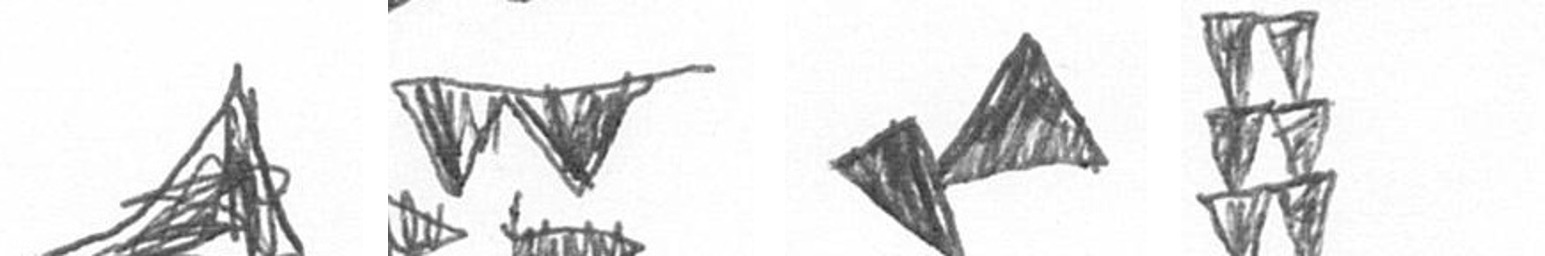
O B F Y